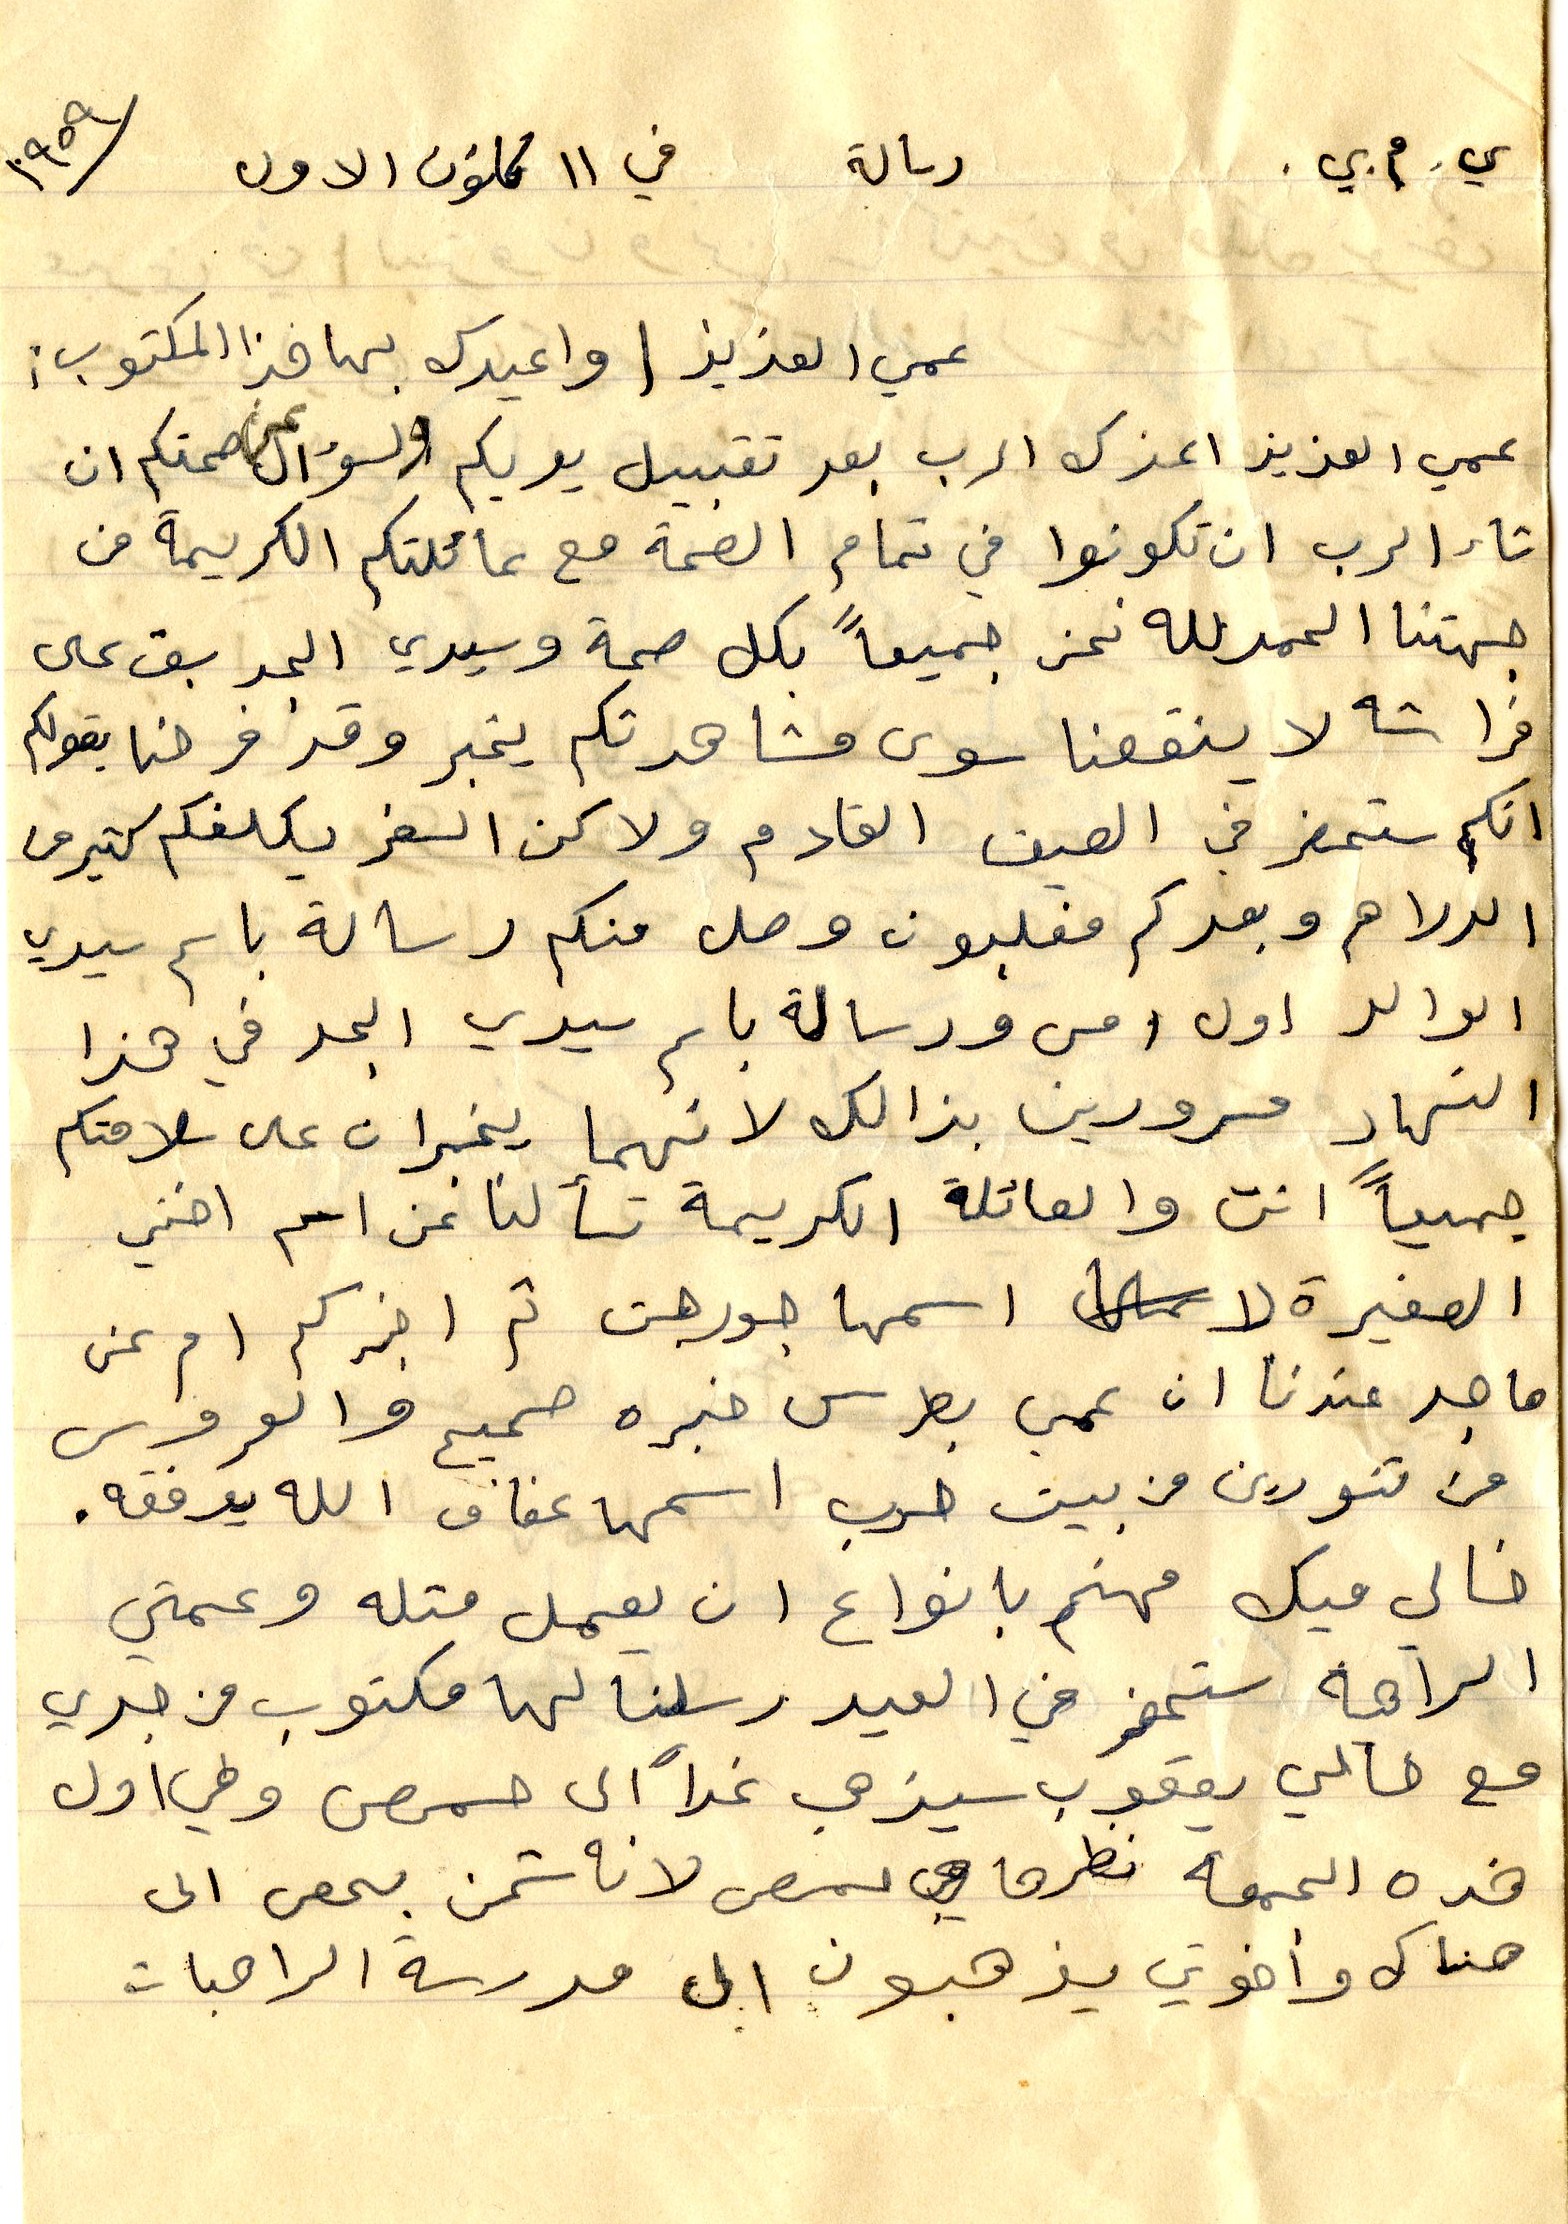
ي. م. ي. رسالة في ١١ كانون الاول ١٩٥٩
عمي العزيز او اعيدك بها هذا المكتوب:
عمي العزيز اعزك الرب بعد تقبيل يديكم والسؤال عن صحتكم ان
شاء الرب ان تكونوا في تمام الصحة مع عائلتكم الكريمة من
جهتنا الحمد لله نحن جميعاً بكل صحة الجربق على
فراشه لا ينفعنا سوى مشاهدتكم يخبر وقد فرحنا بقولكم
انكم ستحضر في الصيف القادم ولاكن السفر يكلفكم الكثير من
الدراهم وبعدكم مغلبون وصل منكم رساله باسم سيدي
الوالد اول امس ورسالة باسم سيدي الجد في هذا
النهار مسرورين بذالك لانهما يخبران على سلامتكم
جميعاً انت والعائلة الكريمة تسألنا عن اسم اختي
الصغيرة لا اسمها جورجت ثم اخبركم ام عن
ما جد عندنا ان عمي بطرس خبره صحيح والعروس
من تنورين من بيت حرب اسمها عفاف الله يوفقه.
خالي ميك مهتم بانواع ان يعمل متله وعمتي
الراهبة ستحضر في العيد رسلنا لها مكتوب من جدي
مع خالي يعقوب سيذهب غداً الى حمص وفي أول
هذه الجمعه نطرو حمص لانه شحن بحص الى
هناك وأخوتي يذهبون الى مدرسة الراهبات